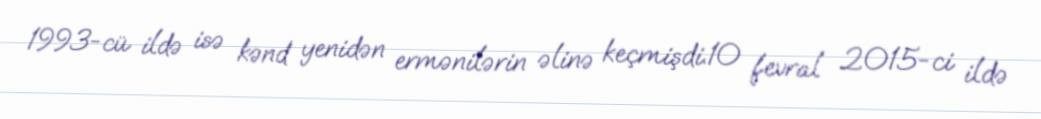
1993-cü ildə isə kənd yenidən ermənilərin əlinə keçmişdi.10 fevral 2015-ci ildə